Tezpur Lunatic Asylum reports 1895-1904 - 1895-1904
Year: 1895
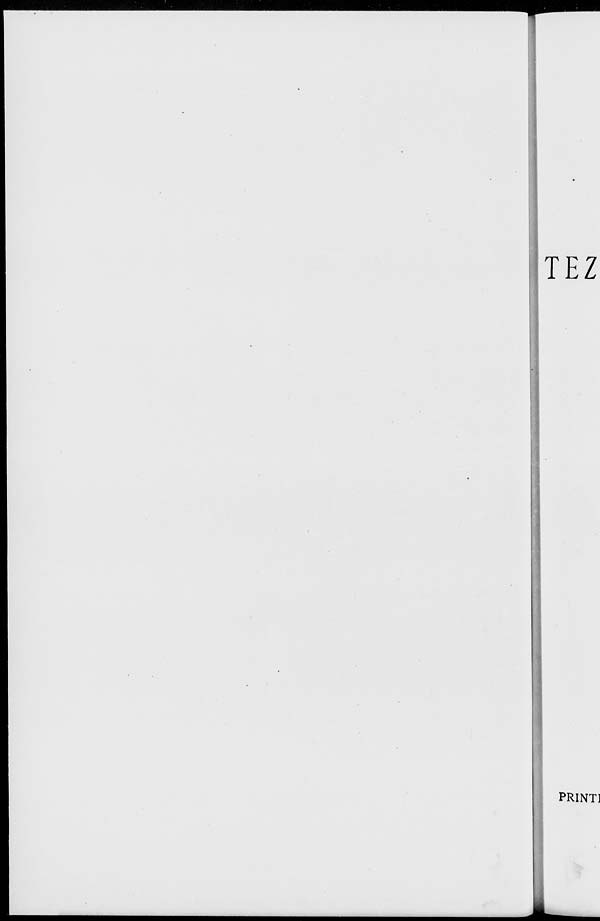
TEZ
PRINT]